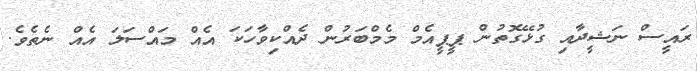
ރައީސް ނަޝީދާއި ގުޅޭގޮތުން ޕީޕީއެމް މެމްބަރުން ދެއްްކިވާހަކަ އެއް މައްސަލަ އެއް ނެތެވެ.